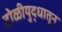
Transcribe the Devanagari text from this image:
टोळीयुद्धातून